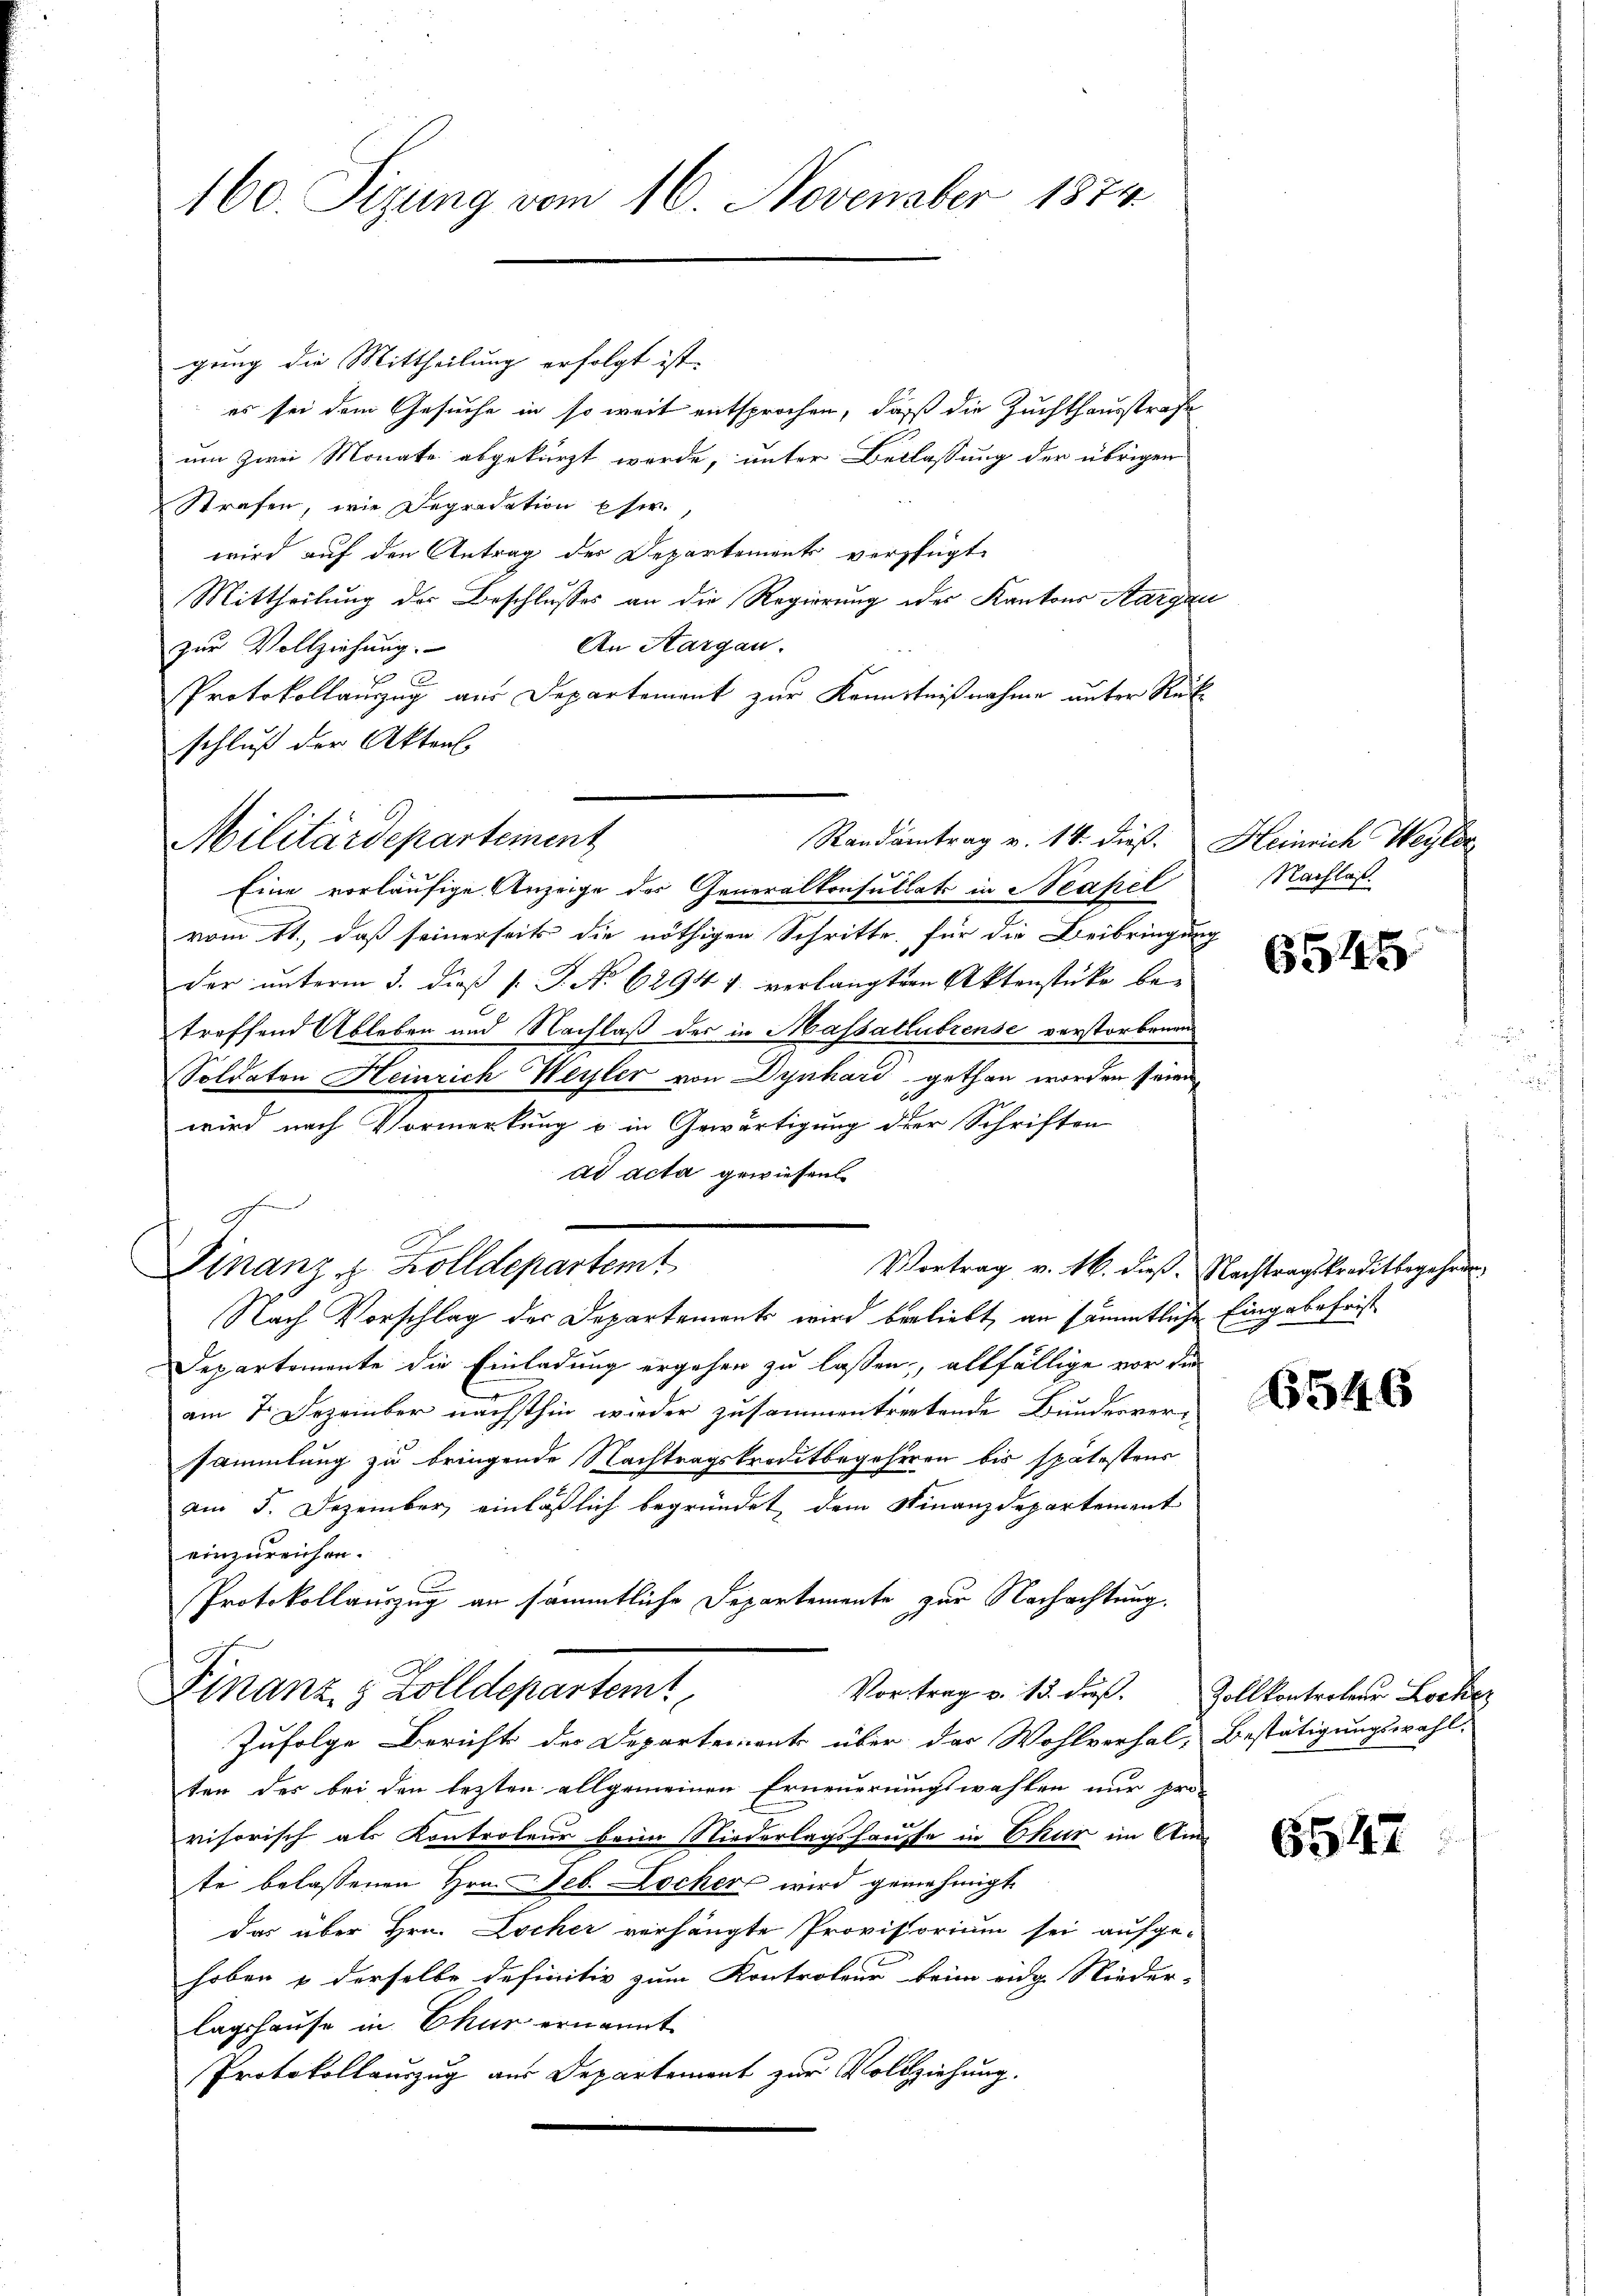
160. Sitzung vom 16. November 1874

gung die Mittheilung erfolgt ist.
es sei dem Gesuche in so weit entsprochen, daß die Zuchthausstrafe
um zwei Monate abgekürzt werde, unter Beilassung der übrigen
Strafen, wie Depredation Eser.
wird auf den Antrag des Departement verfügt
Mittheilung der Beschlusses an die Regierung der Kantons Aargau
An Aargau.
zur Vollziehung.
Protokollauszug aus Departement zur Kenntnißnahme unter Rükschluß der Akten.
Randantrag v. 14. dieß. Heinrich Weylos
Eine vorläufige Anzeige des Generalkonsultats in Neapel
vom 11., daß seinerseits die nöthigen Schritte, für die Beibringung
der ŭnterm 3. dieβ (: P. No 6294 f. verlangter Aktenstücke be-
treffend Ableben und Nachlaß der in Massatlubrense verstorbenen
Soldaten Heinrich Weyler von Dynhard gethan worden seien,
wird nach Vormerkung u in Gewärtigung der Schriften
ad acta gewiesen.
Finanz & Zolldepartemt
Vortrag v. 16. dieß. Nachtragskreditbegehrer
Nach Vorschlag der Departement wird beliebt, an sämmtliche Eingabefrist
Departemente die Einladung ergehen zu lassen, allfällige vor die
am 7. Dezember nächsthin wieder zusammentretende Bundesver-
sammlung zu bringende Nachtragskreditbegehren bis spätestens
am 5. Dezember einläßlich begründet, dem Finanzdepartement
einzureichen.
Protokollauszug an sämmtliche Departemente zur Nachachtung,
Finanz & Zolldepartem
Vortrag v. 13. dieβ. Zollkontroleur Locker
Zufolge Bericht der Departements über das Wohlverhal-Bestätigungswahl-
ten der bei den lezten allgemeinen Erneuerungswahlen nur pro-
visorisch als Kontroleur beim Niederlagshaupte in Ekur im Am
te belassenen Hrn. Feb. Lochers wird genehmigt
das über Hrn. Locher verhängte Provisorium sei aufge-
hoben & derselbe definitiv zum Kontroleur beim eidg Nieder-
lagshause in Chur ernannt
Protokollauszug aus Departement zur Vollziehung.

hie

Militärdepartement

Nachlaß.

6545

6546

6547